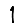
Digit: 1